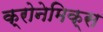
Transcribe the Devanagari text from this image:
क्रोनेमिक्स